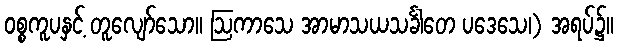
ဝစ္စကူပနှင့် တူလျော်သော။ ဩကာသေ အာမာသယသင်္ခါတေ ပဒေသေ၊) အရပ်၌။